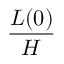
\frac { L ( 0 ) } { H }